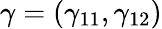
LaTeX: \gamma=(\gamma_{11},\gamma_{12})